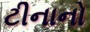
ટીનાનો